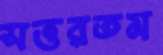
সত্তরতম